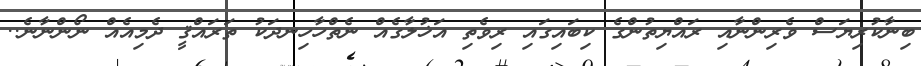
ބިނާކުރިޔަސް ވެރިންނާއި ރައްޔިތުންގެ ކިބައިގައި ރިވެތި އަޚުލާގެއް ނެތްހާހިނދަކު ތަރައްޤީ ދެމިއެއް ނޯންނާނެ..